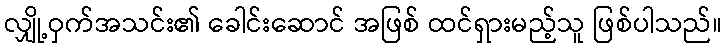
လျှို့ဝှက်အသင်း၏ ခေါင်းဆောင် အဖြစ် ထင်ရှားမည့်သူ ဖြစ်ပါသည်။